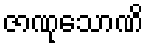
ဇာဏုသောဏိ